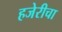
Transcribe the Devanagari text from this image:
हजेरीचा